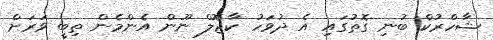
ޝާހްރުކް ބުނި ގޮތުގައި އެ ދުވަހު ކާޖޮލް ނޫން އެންމެން ތިބީ ވަރަށް